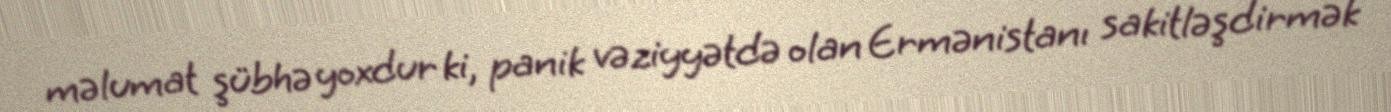
məlumat şübhə yoxdur ki, panik vəziyyətdə olan Ermənistanı sakitləşdirmək